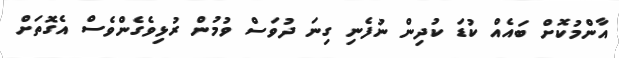
އާންމުކޮށް ބައެއް ކުޑަ ކުދިން ނުފެނި ގިނަ ދުވަސް ވުމުން ރުޅިވެގެންވެސް އެގޮތަށް